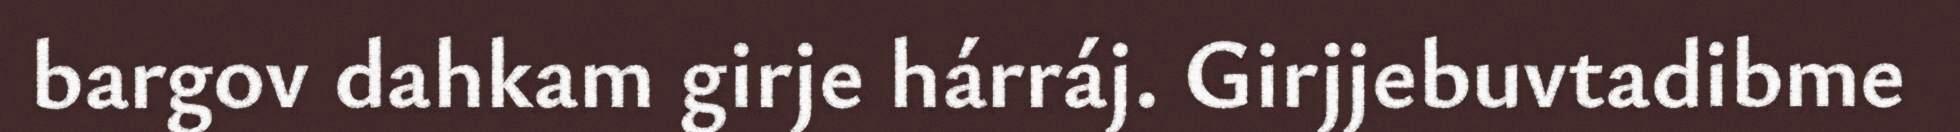
bargov dahkam girje hárráj. Girjjebuvtadibme